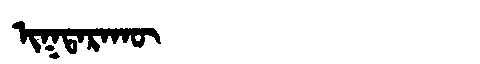
Manchu: ᡳᡴᡨᠠᡵᠠᡴᡡ
Romanization: IKTARAKŪ